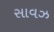
સાવઝ